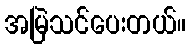
အမြဲသင်ပေးတယ်။